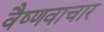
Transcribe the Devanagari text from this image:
वैष्णवाचार